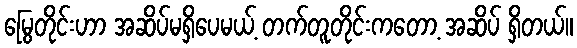
မြွေတိုင်းဟာ အဆိပ်မရှိပေမယ့် တက်တူတိုင်းကတော့ အဆိပ် ရှိတယ်။